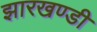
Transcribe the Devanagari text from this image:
झारखण्‍डी